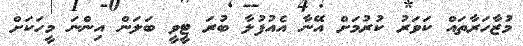
މުޒާހަރާތައް ކަވަރު ކުރުމަށް އޭނާ އެއުފުލާ ބުރަ ޓީވީ ބަލަން އިންނަ މީހަކަށް